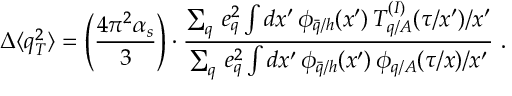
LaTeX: \Delta \langle q _ { T } ^ { 2 } \rangle = \left( \frac { 4 \pi ^ { 2 } \alpha _ { s } } { 3 } \right) \cdot \frac { \sum _ { q } \, e _ { q } ^ { 2 } \int d x ^ { \prime } \, \phi _ { \bar { q } / h } ( x ^ { \prime } ) \, T _ { q / A } ^ { ( I ) } ( \tau / x ^ { \prime } ) / x ^ { \prime } } { \sum _ { q } \, e _ { q } ^ { 2 } \int d x ^ { \prime } \, \phi _ { \bar { q } / h } ( x ^ { \prime } ) \, \phi _ { q / A } ( \tau / x ) / x ^ { \prime } } \ .